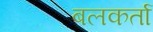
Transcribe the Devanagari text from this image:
बलकर्ता